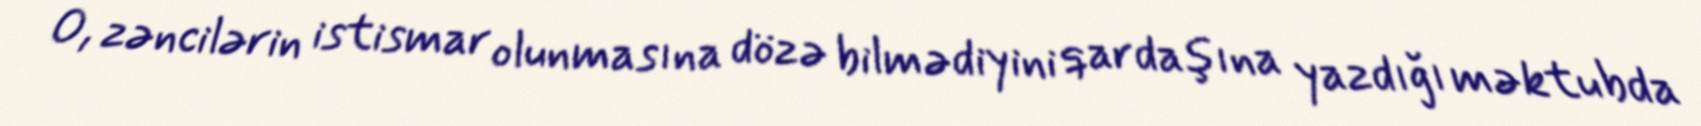
O, zəncilərin istismar olunmasına dözə bilmədiyini qardaşına yazdığı məktubda